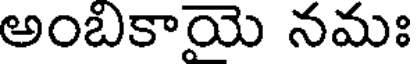
అంబకాయె నమః